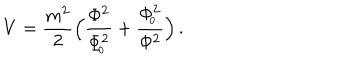
V = { \frac { m ^ { 2 } } { 2 } } \Big ( { \frac { \Phi ^ { 2 } } { \Phi _ { \! _ { 0 } } ^ { 2 } } } + { \frac { \Phi _ { \! _ { 0 } } ^ { 2 } } { \Phi ^ { 2 } } } \Big ) \, .